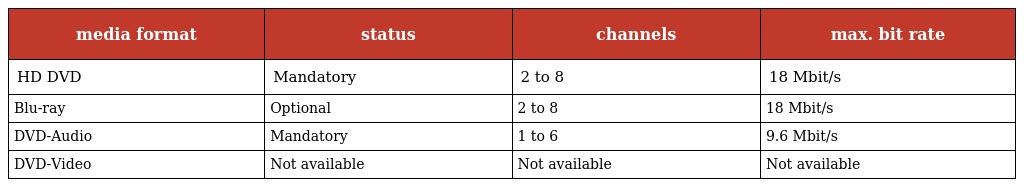
| media format | status | channels | max. bit rate |
 | --- | --- | --- | --- |
 | HD DVD | Mandatory | 2 to 8 | 18 Mbit/s |
 | Blu-ray | Optional | 2 to 8 | 18 Mbit/s |
 | DVD-Audio | Mandatory | 1 to 6 | 9.6 Mbit/s |
 | DVD-Video | Not available | Not available | Not available |